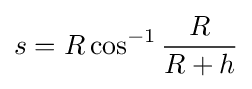
s=R\cos ^{-1}{\frac {R}{R+h}}